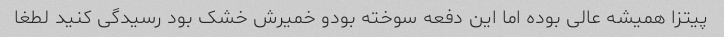
پیتزا همیشه عالی بوده اما این دفعه سوخته بودو خمیرش خشک بود رسیدگی کنید لطغا